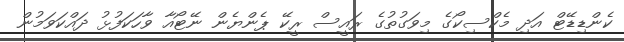
ކެންޑިޑޭޓް އަދި މެކްސިކޯގެ މިވަގުތުގެ ރައީސް ރީކޭ ޕެންޔެން ނޭޓޯއާ ވާހަކަފުޅު ދައްކަވަމުން